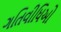
ગતિવીધિઓ